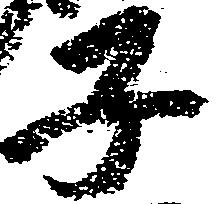
子